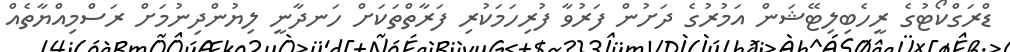
ޑްރަގްކޯޓުގެ ރީހެބިލިޓޭޝަން އަމުރުގެ ދަށުން ފަރުވާ ފުރިހަމަކުރި ފަރާތްތަކަށް ހަނދާނީ ލިޔުންދިނުމަށް ރަސްމިއްޔާތެއް